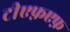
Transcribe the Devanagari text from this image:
टीएफ़एफ़